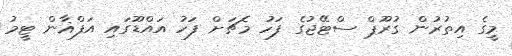
މީގެ އިތުރުން ގުރޫޕް ސްޓޭޖުގެ ފަހު މެޗަށް ފަހު އައްޑޫގައި އަފްޣާން ޓީމު